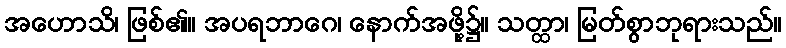
အဟောသိ၊ ဖြစ်၏။ အပရဘာဂေ၊ နောက်အဖို့၌။ သတ္ထာ၊ မြတ်စွာဘုရားသည်။